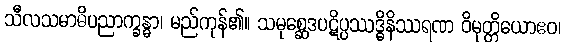
သီလသမာဓိပညာက္ခန္ဓာ၊ မည်ကုန်၏။ သမုစ္ဆေဒပဋိပ္ပဿဒ္ဓိနိဿရဏ ဝိမုတ္တိယောဧဝ၊